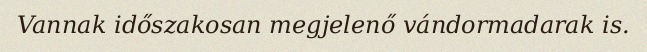
Vannak időszakosan megjelenő vándormadarak is.